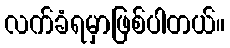
လက်ခံရမှာဖြစ်ပါတယ်။